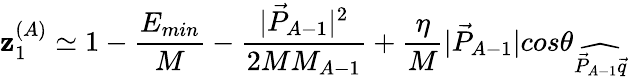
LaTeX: \mathbf{z}_{1}^{(A)}\simeq1-{\frac{{E_{min}}}{{M}}}-{\frac{{|\vec{{P}}_{A-1}|^{2}}}{{2MM_{A-1}}}}+\frac{{\eta}}{{M}}|\vec{{P}}_{A-1}|cos\theta_{\widehat{{\vec{{P}}_{A-1}\vec{{q}}}}}~